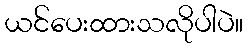
ယင်ပေးထားသလိုပါပဲ။